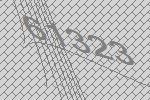
61323